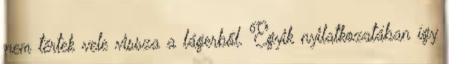
nem tértek vele vissza a lágerből. Egyik nyilatkozatában így